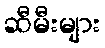
ဆီမီးများ